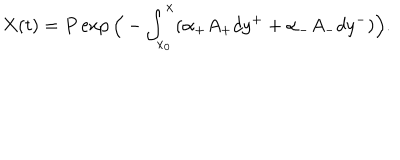
X ( t ) = P \exp \Big ( - \int _ { x _ { 0 } } ^ { x } ( \alpha _ { + } A _ { + } d y ^ { + } + \alpha _ { - } A _ { - } d y ^ { - } ) \Big ) .